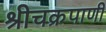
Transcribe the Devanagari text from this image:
श्रीचक्रपाणी